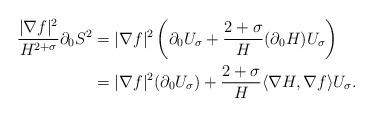
LaTeX: \begin{align*}\frac{|\nabla f|^2}{H^{2+\sigma}}\partial_0 S^2&=|\nabla f|^2\left(\partial_0 U_{\sigma}+\frac{2+\sigma}{H}(\partial_0H)U_{\sigma}\right) \\&=|\nabla f|^2(\partial_0U_{\sigma})+\frac{2+\sigma}{H}\langle \nabla H, \nabla f\rangle U_{\sigma}. \end{align*}